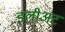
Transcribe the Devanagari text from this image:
इलीअट